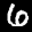
Label: 6